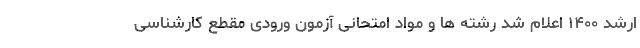
ارشد ۱۴۰۰ اعلام شد رشته ها و مواد امتحانی آزمون ورودی مقطع کارشناسی